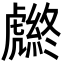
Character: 𧈆